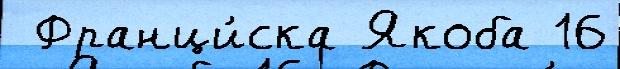
 Франци́ска Якоба 16